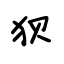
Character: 狈